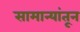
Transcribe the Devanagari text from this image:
सामान्यांतून